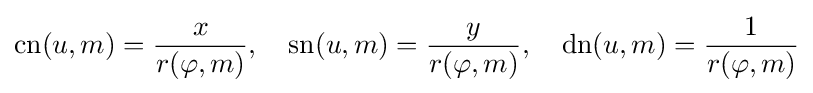
\operatorname {cn} (u,m)={\frac {x}{r(\varphi ,m)}},\quad \operatorname {sn} (u,m)={\frac {y}{r(\varphi ,m)}},\quad \operatorname {dn} (u,m)={\frac {1}{r(\varphi ,m)}}